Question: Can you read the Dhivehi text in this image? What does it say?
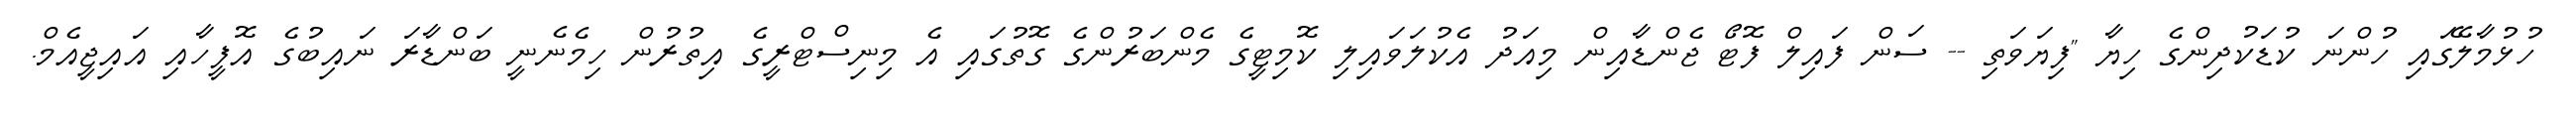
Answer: ހުޅުމާލޭގައި ހުންނަ ކުޑަކުދިންގެ ހިޔާ "ފިޔަވަތި -- ސަން ފައިލް ފޮޓޯ ޖެންޑާއިން މިއަދު އެކުލަވައިލި ކޮމިޓީގެ މެންބަރުންގެ ގޮތުގައި އެ މިނިސްޓްރީގެ އިތުރުން ހިމެނެނީ ބަންޑާރަ ނައިބުގެ އޮފީހާއި އައިޖީއެމް.